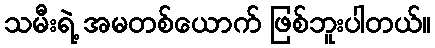
သမီးရဲ့ အမတစ်ယောက် ဖြစ်ဘူးပါတယ်။